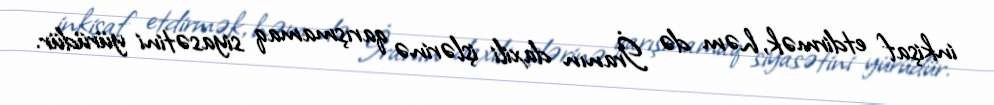
inkişaf etdirmək, həm də İranın daxili işlərinə qarışmamaq siyasətini yürüdür.